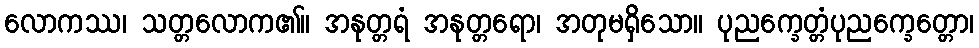
လောကဿ၊ သတ္တလောက၏။ အနုတ္တရံ အနုတ္တရော၊ အတုမရှိသော။ ပုညက္ခေတ္တံပုညက္ခေတ္တော၊